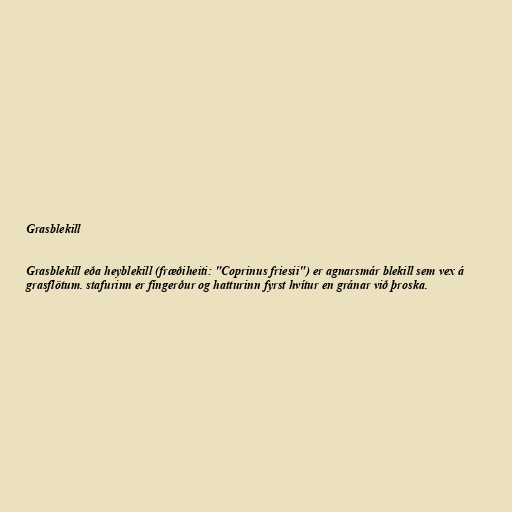
Grasblekill

Grasblekill eða heyblekill (fræðiheiti: "Coprinus friesii") er agnarsmár blekill sem vex á
grasflötum. stafurinn er fíngerður og hatturinn fyrst hvítur en gránar við þroska.